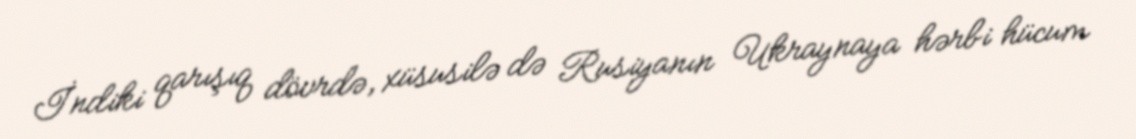
İndiki qarışıq dövrdə, xüsusilə də Rusiyanın Ukraynaya hərbi hücum